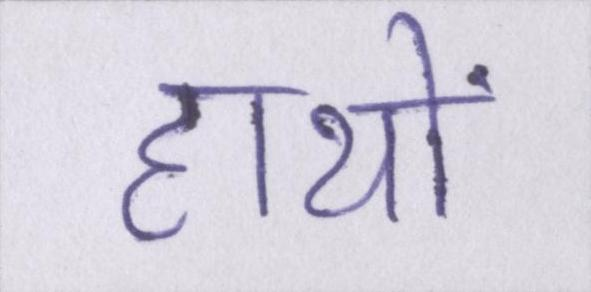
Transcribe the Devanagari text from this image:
हाथों